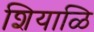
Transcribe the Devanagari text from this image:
शियाळि